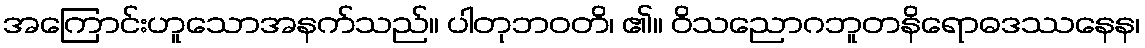
အကြောင်းဟူသောအနက်သည်။ ပါတုဘဝတိ၊ ၏။ ဝိသညောဂဘူတနိရောဓဒဿနေန၊